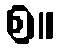
စ။